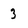
Character: 3